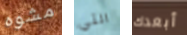
مشوه التي أبعدك